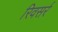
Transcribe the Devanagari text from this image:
रिवसर्र